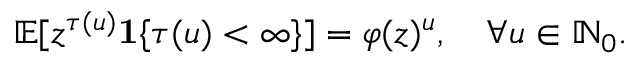
\mathbb { E } [ z ^ { \tau ( u ) } \mathbf { 1 } \{ \tau ( u ) < \infty \} ] = \varphi ( z ) ^ { u } , \quad \forall u \in \mathbb { N } _ { 0 } .